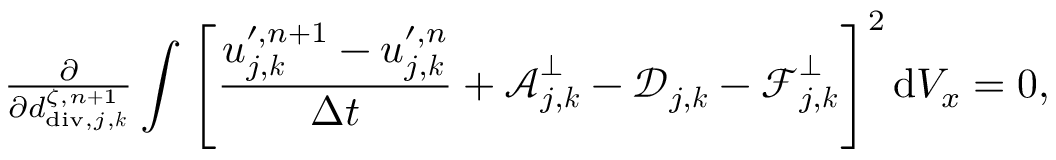
\begin{array} { r } { \frac { \partial } { \partial d _ { \mathrm { d i v } , j , \boldsymbol { k } } ^ { \zeta , n + 1 } } \displaystyle \int \left[ \frac { \boldsymbol { u } _ { j , \boldsymbol { k } } ^ { \prime , n + 1 } - \boldsymbol { u } _ { j , \boldsymbol { k } } ^ { \prime , n } } { \Delta t } + \boldsymbol { \mathcal { A } } _ { j , \boldsymbol { k } } ^ { \bot } - \boldsymbol { \mathcal { D } } _ { j , \boldsymbol { k } } - \boldsymbol { \mathcal { F } } _ { j , \boldsymbol { k } } ^ { \bot } \right] ^ { 2 } \mathrm { d } V _ { x } = 0 , } \end{array}